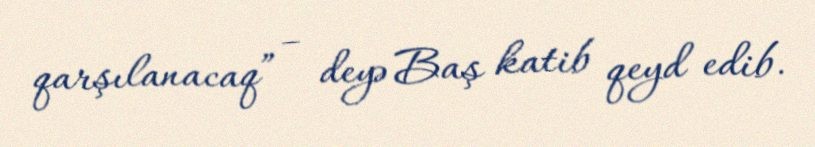
qarşılanacaq” – deyə Baş katib qeyd edib.